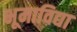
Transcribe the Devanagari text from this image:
भूमाविद्या